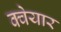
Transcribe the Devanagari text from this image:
क्वेयार